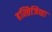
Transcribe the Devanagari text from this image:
हस्तिजिव्हा